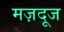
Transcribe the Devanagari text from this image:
मज़दूज